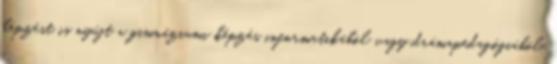
képzést is nyújt a gimnáziumi képzés informatikából vagy drámapedagógiából.